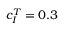
c _ { I } ^ { T } = 0 . 3